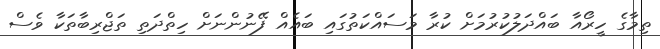
ތިމާގެ ހީރޯއާ ބައްދަލުކުރުމަށް ކުރާ މަސައްކަތުގައި ބައެއް ފޭނުންނަށް ހިތްދަތި ތަޖްރިބާތަކާ ވެސް